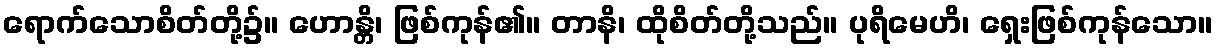
ရောက်သောစိတ်တို့၌။ ဟောန္တိ၊ ဖြစ်ကုန်၏။ တာနိ၊ ထိုစိတ်တို့သည်။ ပုရိမေဟိ၊ ရှေးဖြစ်ကုန်သော။